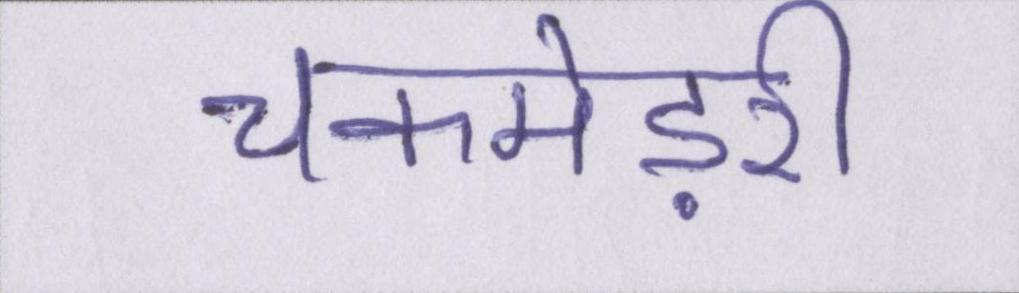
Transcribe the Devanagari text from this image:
चकमेड़री